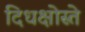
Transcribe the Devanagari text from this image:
दिधक्षोस्ते